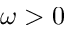
\omega > 0